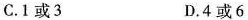
C.1或3 D.4或6